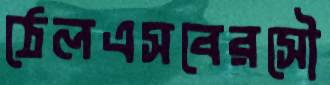
ঠেলএসবেরসৌ